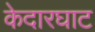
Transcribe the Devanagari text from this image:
केदारघाट